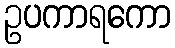
ဥပကာရကော